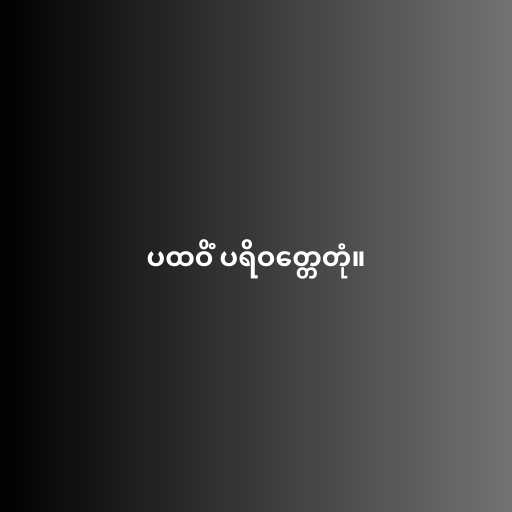
ပထဝိံ ပရိဝတ္တေတုံ။